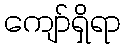
ကျော်ရှိရာ